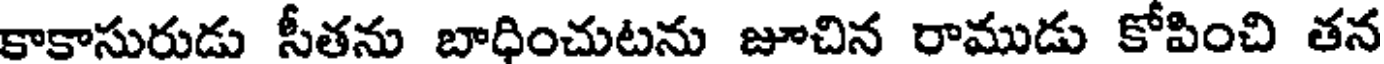
కాకాసురుడు సీతను బాధించుటను జూచిన రాముడు కోపించి తన